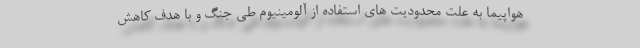
هواپیما به علت محدودیت های استفاده از آلومینیوم طی جنگ و با هدف کاهش